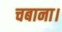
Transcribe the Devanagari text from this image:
चबाना।